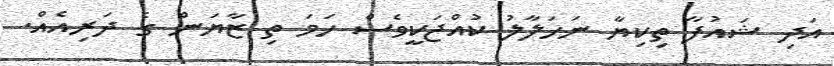
އަދި ޝައުފާ ތިކިޔާ ނަހަލާލު ކުއްޖަކީވެސް ހަމަ ތި ޒާޔަން ގެ ދަރިއެއް.